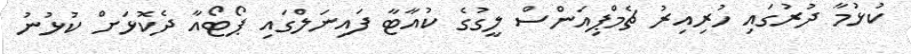
ކުޅުމާ ދުރުގައި ހުރިއިރު ޗެމްޕިއަންސް ލީގުގެ ކުއާޓާ ފައިނަލްގައި ޕޯޓޯއާ ދެކޮޅަށް ކުޅުނު